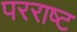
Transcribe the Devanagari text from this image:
परराष्ट